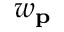
w _ { \mathbf { p } }